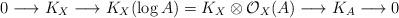
LaTeX: \begin{align*} 0\longrightarrow K_X\longrightarrow K_X(\log A)=K_X\otimes\mathcal{O}_X(A)\longrightarrow K_A\longrightarrow 0 \end{align*}